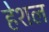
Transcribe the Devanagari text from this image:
हेशल